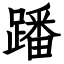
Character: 蹯